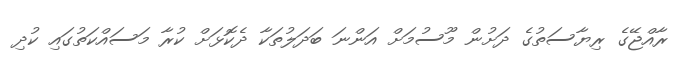
ރާއްޖޭގެ ރިޔާސަތުގެ ދަށުން މޫސުމަށް އަންނަ ބަދަލުތަކާ ދެކޮޅަށް ކުރާ މަސައްކަތުގައި ކުދި